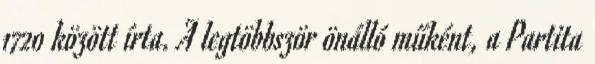
1720 között írta. A legtöbbször önálló műként, a Partita